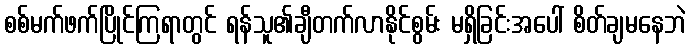
စစ်မက်ဖက်ပြိုင်ကြရာတွင် ရန်သူ၏ချီတက်လာနိုင်စွမ်း မရှိခြင်းအပေါ် စိတ်ချမနေဘဲ